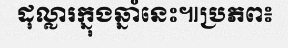
ដុល្លារក្នុងឆ្នាំនេះ៕ប្រភព៖